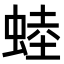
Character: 𧌉